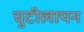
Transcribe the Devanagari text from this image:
चुटीलापन